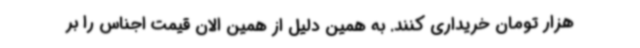
هزار تومان خریداری کنند. به همین دلیل از همین الان قیمت اجناس را بر